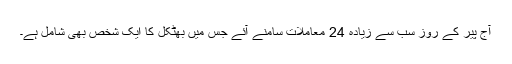
آج پیر کے روز سب سے زیادہ 24 معاملات سامنے آئے جس میں بھٹکل کا ایک شخص بھی شامل ہے۔